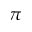
\pi